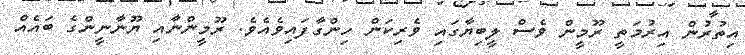
އިތުރުން އިރުމަތީ ރޫމީން ވެސް ލީބިޔާގައި ވެރިކަން ހިންގާފައިވެއެވެ. ރޫމީންނާއި ޔޫނާނީންގެ ބައެއް